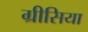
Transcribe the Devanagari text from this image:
ग्रीसिया